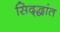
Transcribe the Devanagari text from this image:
सिद्द्धांत